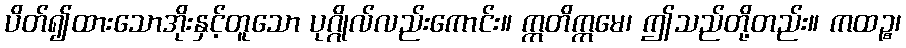
ပိတ်၍ထားသောအိုးနှင့်တူသော ပုဂ္ဂိုလ်လည်းကောင်း။ ဣတိဣမေ၊ ဤသည်တို့တည်း။ ကထဉ္စ၊